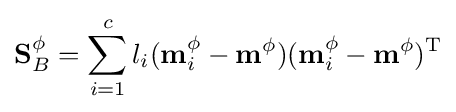
\mathbf {S} _{B}^{\phi }=\sum _{i=1}^{c}l_{i}(\mathbf {m} _{i}^{\phi }-\mathbf {m} ^{\phi })(\mathbf {m} _{i}^{\phi }-\mathbf {m} ^{\phi })^{\text{T}}